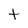
Character: t